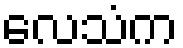
လေသံက